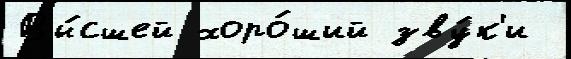
Вы́сшей хоро́ший зву́к'и